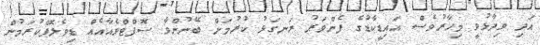
އަދި ވިދާޅުވީ މިހާރުވެސް އައިޑީކާޑުގެ ފެންވަރު ރަނގަޅު ކުރުމަށް ބޭނުންވާ ސޮފްޓްވެއާއެއް ޑިވެލޮޕްކުރަމުން